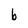
Character: b